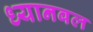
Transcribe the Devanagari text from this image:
ध्यानबल